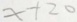
x + 2 0